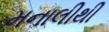
મનાલીથી